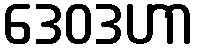
ဒေဝဒဟာ